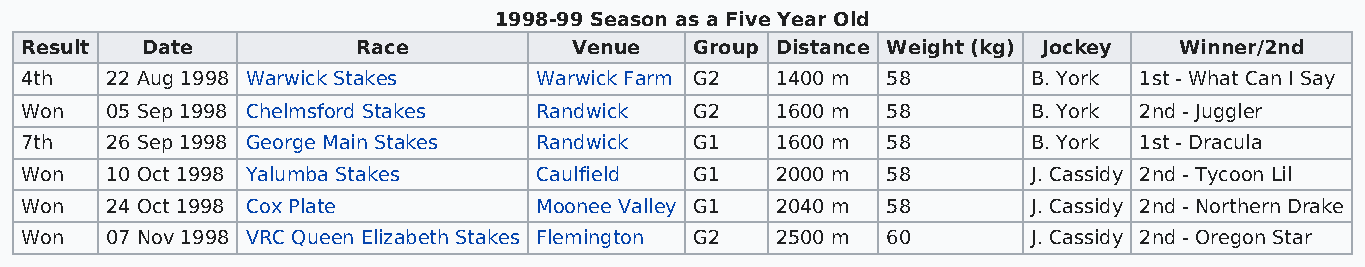
1998-99 Season as a Five Year Old
 Result  Date           Race          Venue   Group Distance Weight (kg) Jockey Winner/2nd
 4th   22 Aug 1998 Warwick Stakes  Warwick Farm G2 1400 m  58       B. York 1st - What Can I Say
 Won   05 Sep 1998 Chelmsford Stakes Randwick G2   1600 m  58       B. York 2nd - Juggler
 7th   26 Sep 1998 George Main Stakes Randwick G1  1600 m  58       B. York 1st - Dracula
 Won   10 Oct 1998 Yalumba Stakes  Caulfield  G1   2000 m  58       J. Cassidy 2nd - Tycoon Lil
 Won   24 Oct 1998 Cox Plate       Moonee Valley G1 2040 m 58       J. Cassidy 2nd - Northern Drake
 Won   07 Nov 1998 VRC Queen Elizabeth Stakes Flemington G2 2500 m 60 J. Cassidy 2nd - Oregon Star